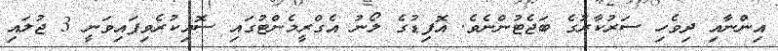
އިންނާއި ދިވެހި ސަރުކާރުގެ ބަޖެޓުންނެވެ. އޮފިޑުގެ ލޯނު އެގްރީމެންޓުގައި ސޮއިކުރެވިފައިވަނީ 3 ޖުލައި